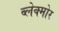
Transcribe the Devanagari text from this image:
ब्लेक्मोर